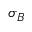
\sigma _ { B }